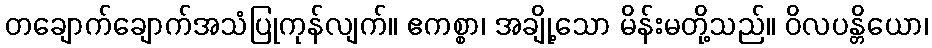
တချောက်ချောက်အသံပြုကုန်လျက်။ ဧကစ္စာ၊ အချို့သော မိန်းမတို့သည်။ ဝိလပန္တိယော၊